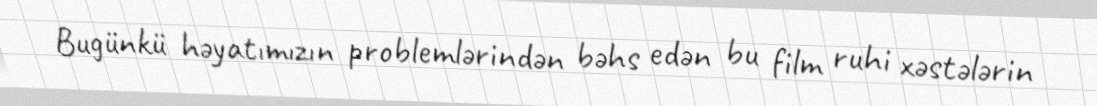
Bugünkü həyatımızın problemlərindən bəhs edən bu film ruhi xəstələrin